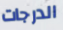
الدرجات